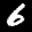
Label: 6